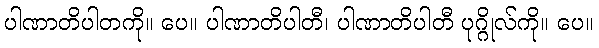
ပါဏာတိပါတကို။ ပေ။ ပါဏာတိပါတီ၊ ပါဏာတိပါတီ ပုဂ္ဂိုလ်ကို။ ပေ။